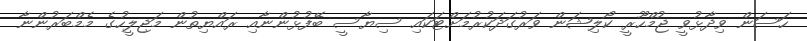
ހަސަން ވިދާޅުވީ ޖުމްހޫރީ ކޯލިޝަން ވަރުގަދަކުރުމަށްޓަކައި ސިޔާސީ ބޭފުޅުންނާއި ރައްޔިތުން މަޖިލީހުގެ މެމްބަރުންނާ